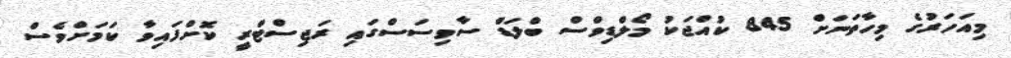
މިއަހަރުގެ މިހާތަނަށް 845 ކުއްޖަކު މޯލްޑިވްސް ބްލަޑް ސާވިސަސްގައި ރަޖިސްޓްރީ ކޮށްފައިވާ ކަމަށްވެސް